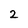
Character: 2